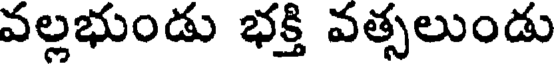
వల్లభుండు భక్తి వత్సలుండు